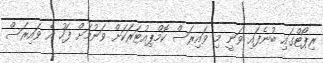
ރިޕޯޓްގައި ބުނެފައި ވަނީ މި ވައިރަސް ކޮމްޕިއުޓަރަކަށް ވަނުމަށް ފަހު އެ ވައިރަސް